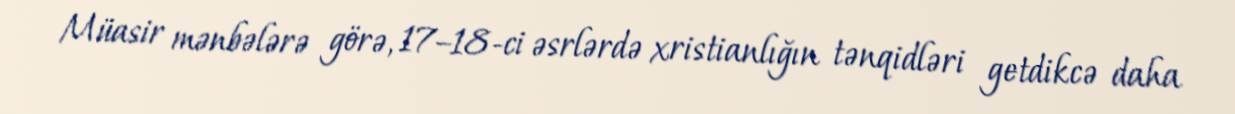
Müasir mənbələrə görə, 17–18-ci əsrlərdə xristianlığın tənqidləri getdikcə daha